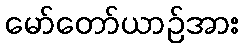
မော်တော်ယာဉ်အား